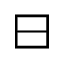
\boxminus